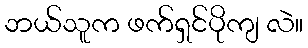
ဘယ်သူက ဖက်ရှင်ပိုကျ လဲ။